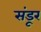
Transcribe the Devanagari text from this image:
संडूर